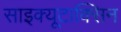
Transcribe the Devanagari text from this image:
साइक्यूटाक्सिन